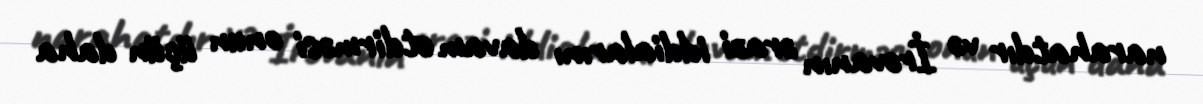
narahatdır və İrəvanın ərazi iddialarını davam etdirməsi onun üçün daha